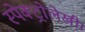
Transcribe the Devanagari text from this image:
स्पेक्ट्रोलेखी।